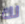
لك